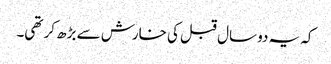
کہ یہ دو سال قبل کی خارش سے بڑھ کر تھی۔